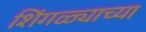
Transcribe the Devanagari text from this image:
शिंगळ्याच्या